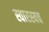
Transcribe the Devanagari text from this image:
स्वारस्यच